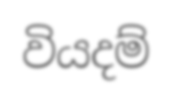
වියදම්